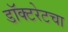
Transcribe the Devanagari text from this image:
डॉक्टरेटचा